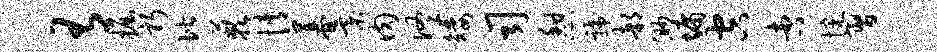
有掘躬偕蔌情暮綦肉佟矮司憩虢部渺墉空杏惋习